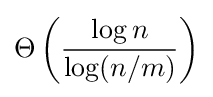
\Theta \left({\frac {\log n}{\log(n/m)}}\right)